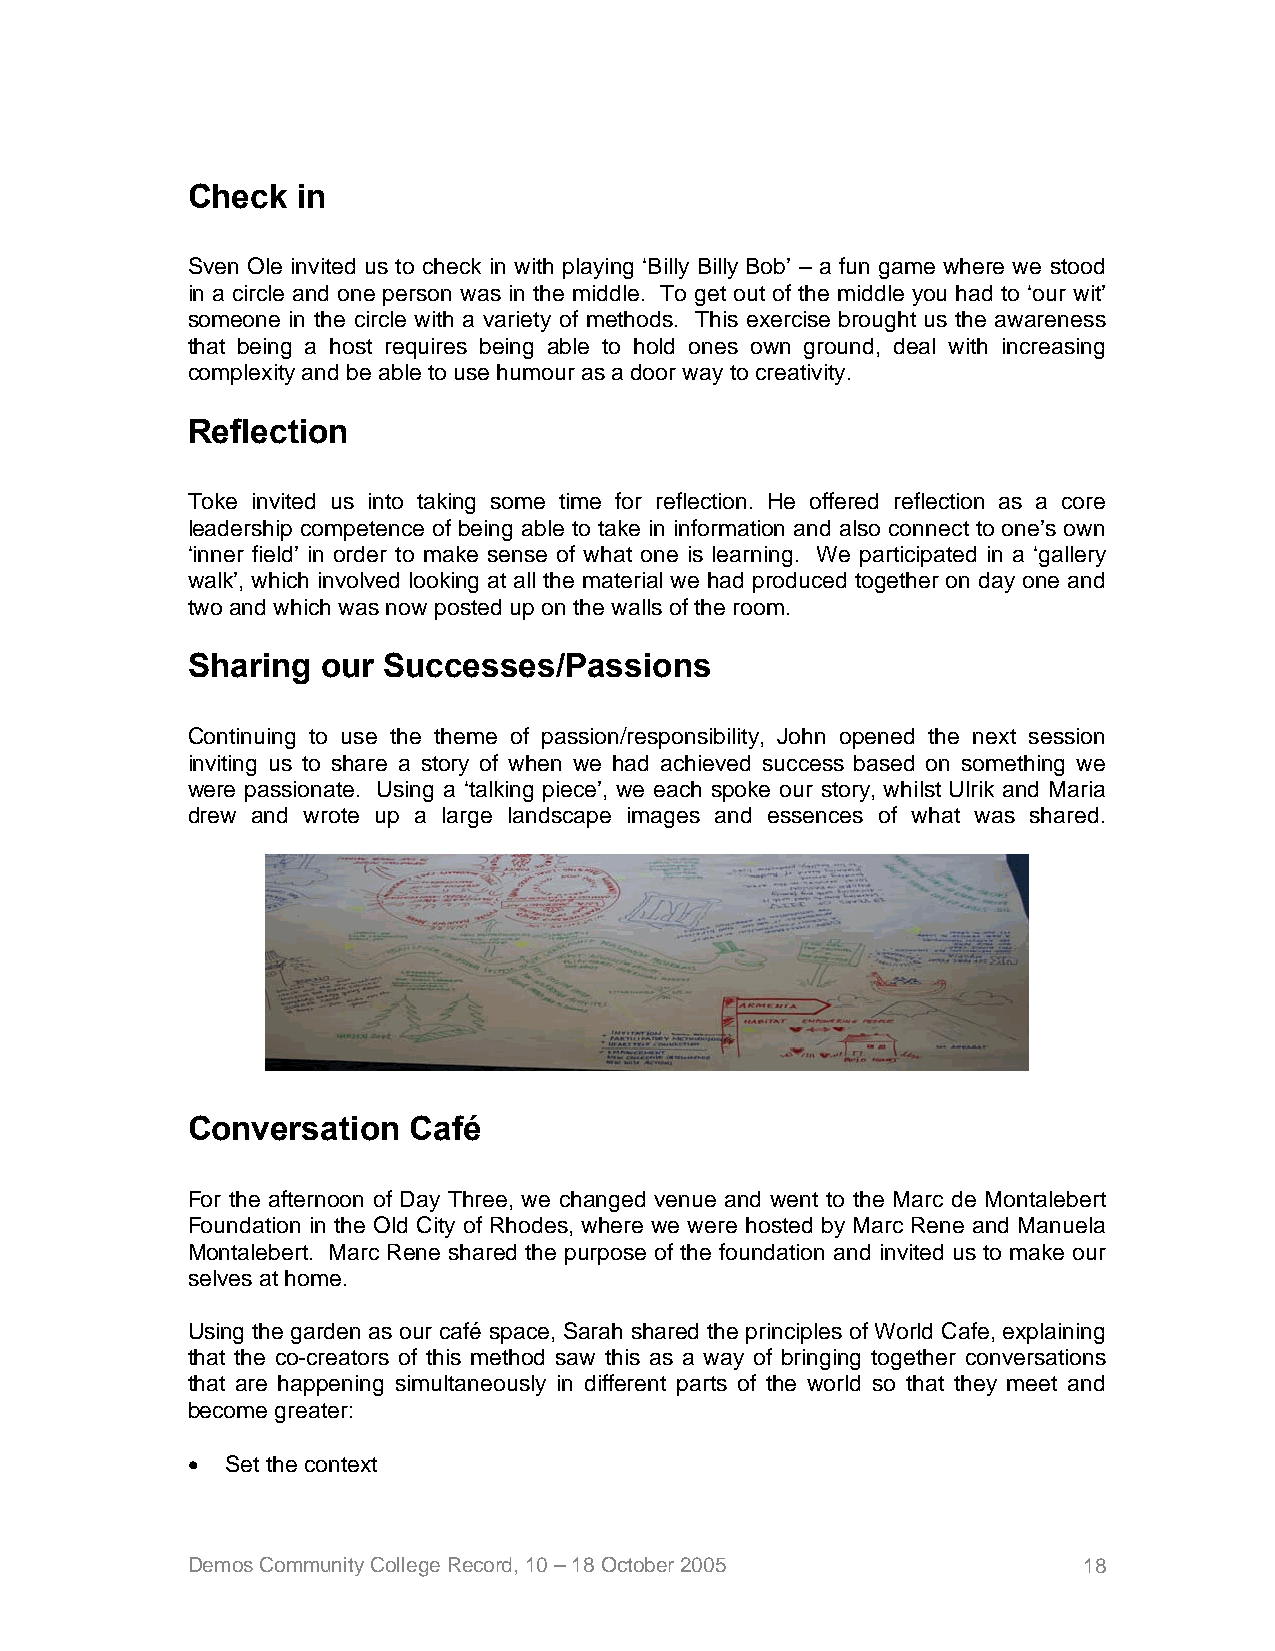
Check   in
 Sven Ole invited us to check in with playing ‘Billy Billy Bob’ – a fun game where we stood
 in a circle and one person was in the middle. To get out of the middle you had to ‘our wit’
 someone in the circle with a variety of methods. This exercise brought us the awareness
 that being a host requires being able to hold ones own ground, deal with increasing
 complexity and be able to use humour as a door way to creativity.
 Reflection
 Toke invited us into taking some time for reflection. He offered reflection as a core
 leadership competence of being able to take in information and also connect to one’s own
 ‘inner field’ in order to make sense of what one is learning. We participated in a ‘gallery
 walk’, which involved looking at all the material we had produced together on day one and
 two and which was now posted up on the walls of the room.
 Sharing  our Successes/Passions
 Continuing to use the theme of passion/responsibility, John opened the next session
 inviting us to share a story of when we had achieved success based on something we
 were passionate. Using a ‘talking piece’, we each spoke our story, whilst Ulrik and Maria
 drew and wrote up a large landscape images and essences of what was shared.
 Conversation   Café
 For the afternoon of Day Three, we changed venue and went to the Marc de Montalebert
 Foundation in the Old City of Rhodes, where we were hosted by Marc Rene and Manuela
 Montalebert. Marc Rene shared the purpose of the foundation and invited us to make our
 selves at home.
 Using the garden as our café space, Sarah shared the principles of World Cafe, explaining
 that the co-creators of this method saw this as a way of bringing together conversations
 that are happening simultaneously in different parts of the world so that they meet and
 become greater:
 •  Set the context
 Demos Community College Record, 10 – 18 October 2005        18